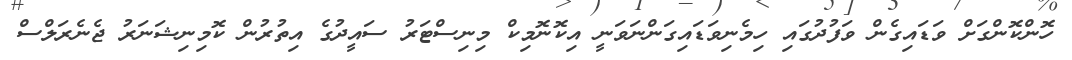
ހޮންކޮންގަށް ވަޑައިގެން ވަފުދުގައި ހިމެނިވަޑައިގަންނަވަނީ އިކޮނޮމިކް މިިނިސްޓަރު ސައީދުގެ އިތުރުން ކޮމިނިޝަނަރު ޖެނެރަލްސް